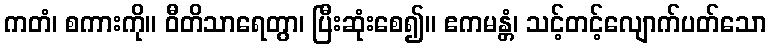
ကတံ၊ စကားကို။ ဝီတိသာရေတွာ၊ ပြီးဆုံးစေ၍။ ဧကမန္တံ၊ သင့်တင့်လျောက်ပတ်သော